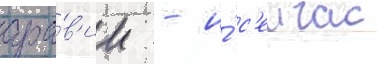
ара́в'ии - и́ с'еичас